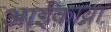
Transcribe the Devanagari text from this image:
आईकावा